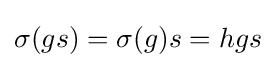
\sigma (gs)=\sigma (g)s=hgs